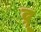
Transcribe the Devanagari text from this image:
द्रू